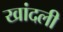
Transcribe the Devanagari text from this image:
खांदली